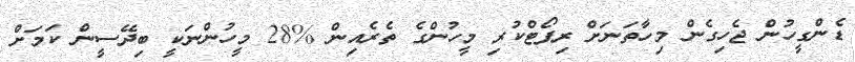
ޑެންގީހުން ޖެހިގެން މިހާތަނަށް ރިޕޯޓްކުރި މީހުންގެ ތެރެއިން %28 މީހުންނަކީ ބިދޭސީން ކަމަށް